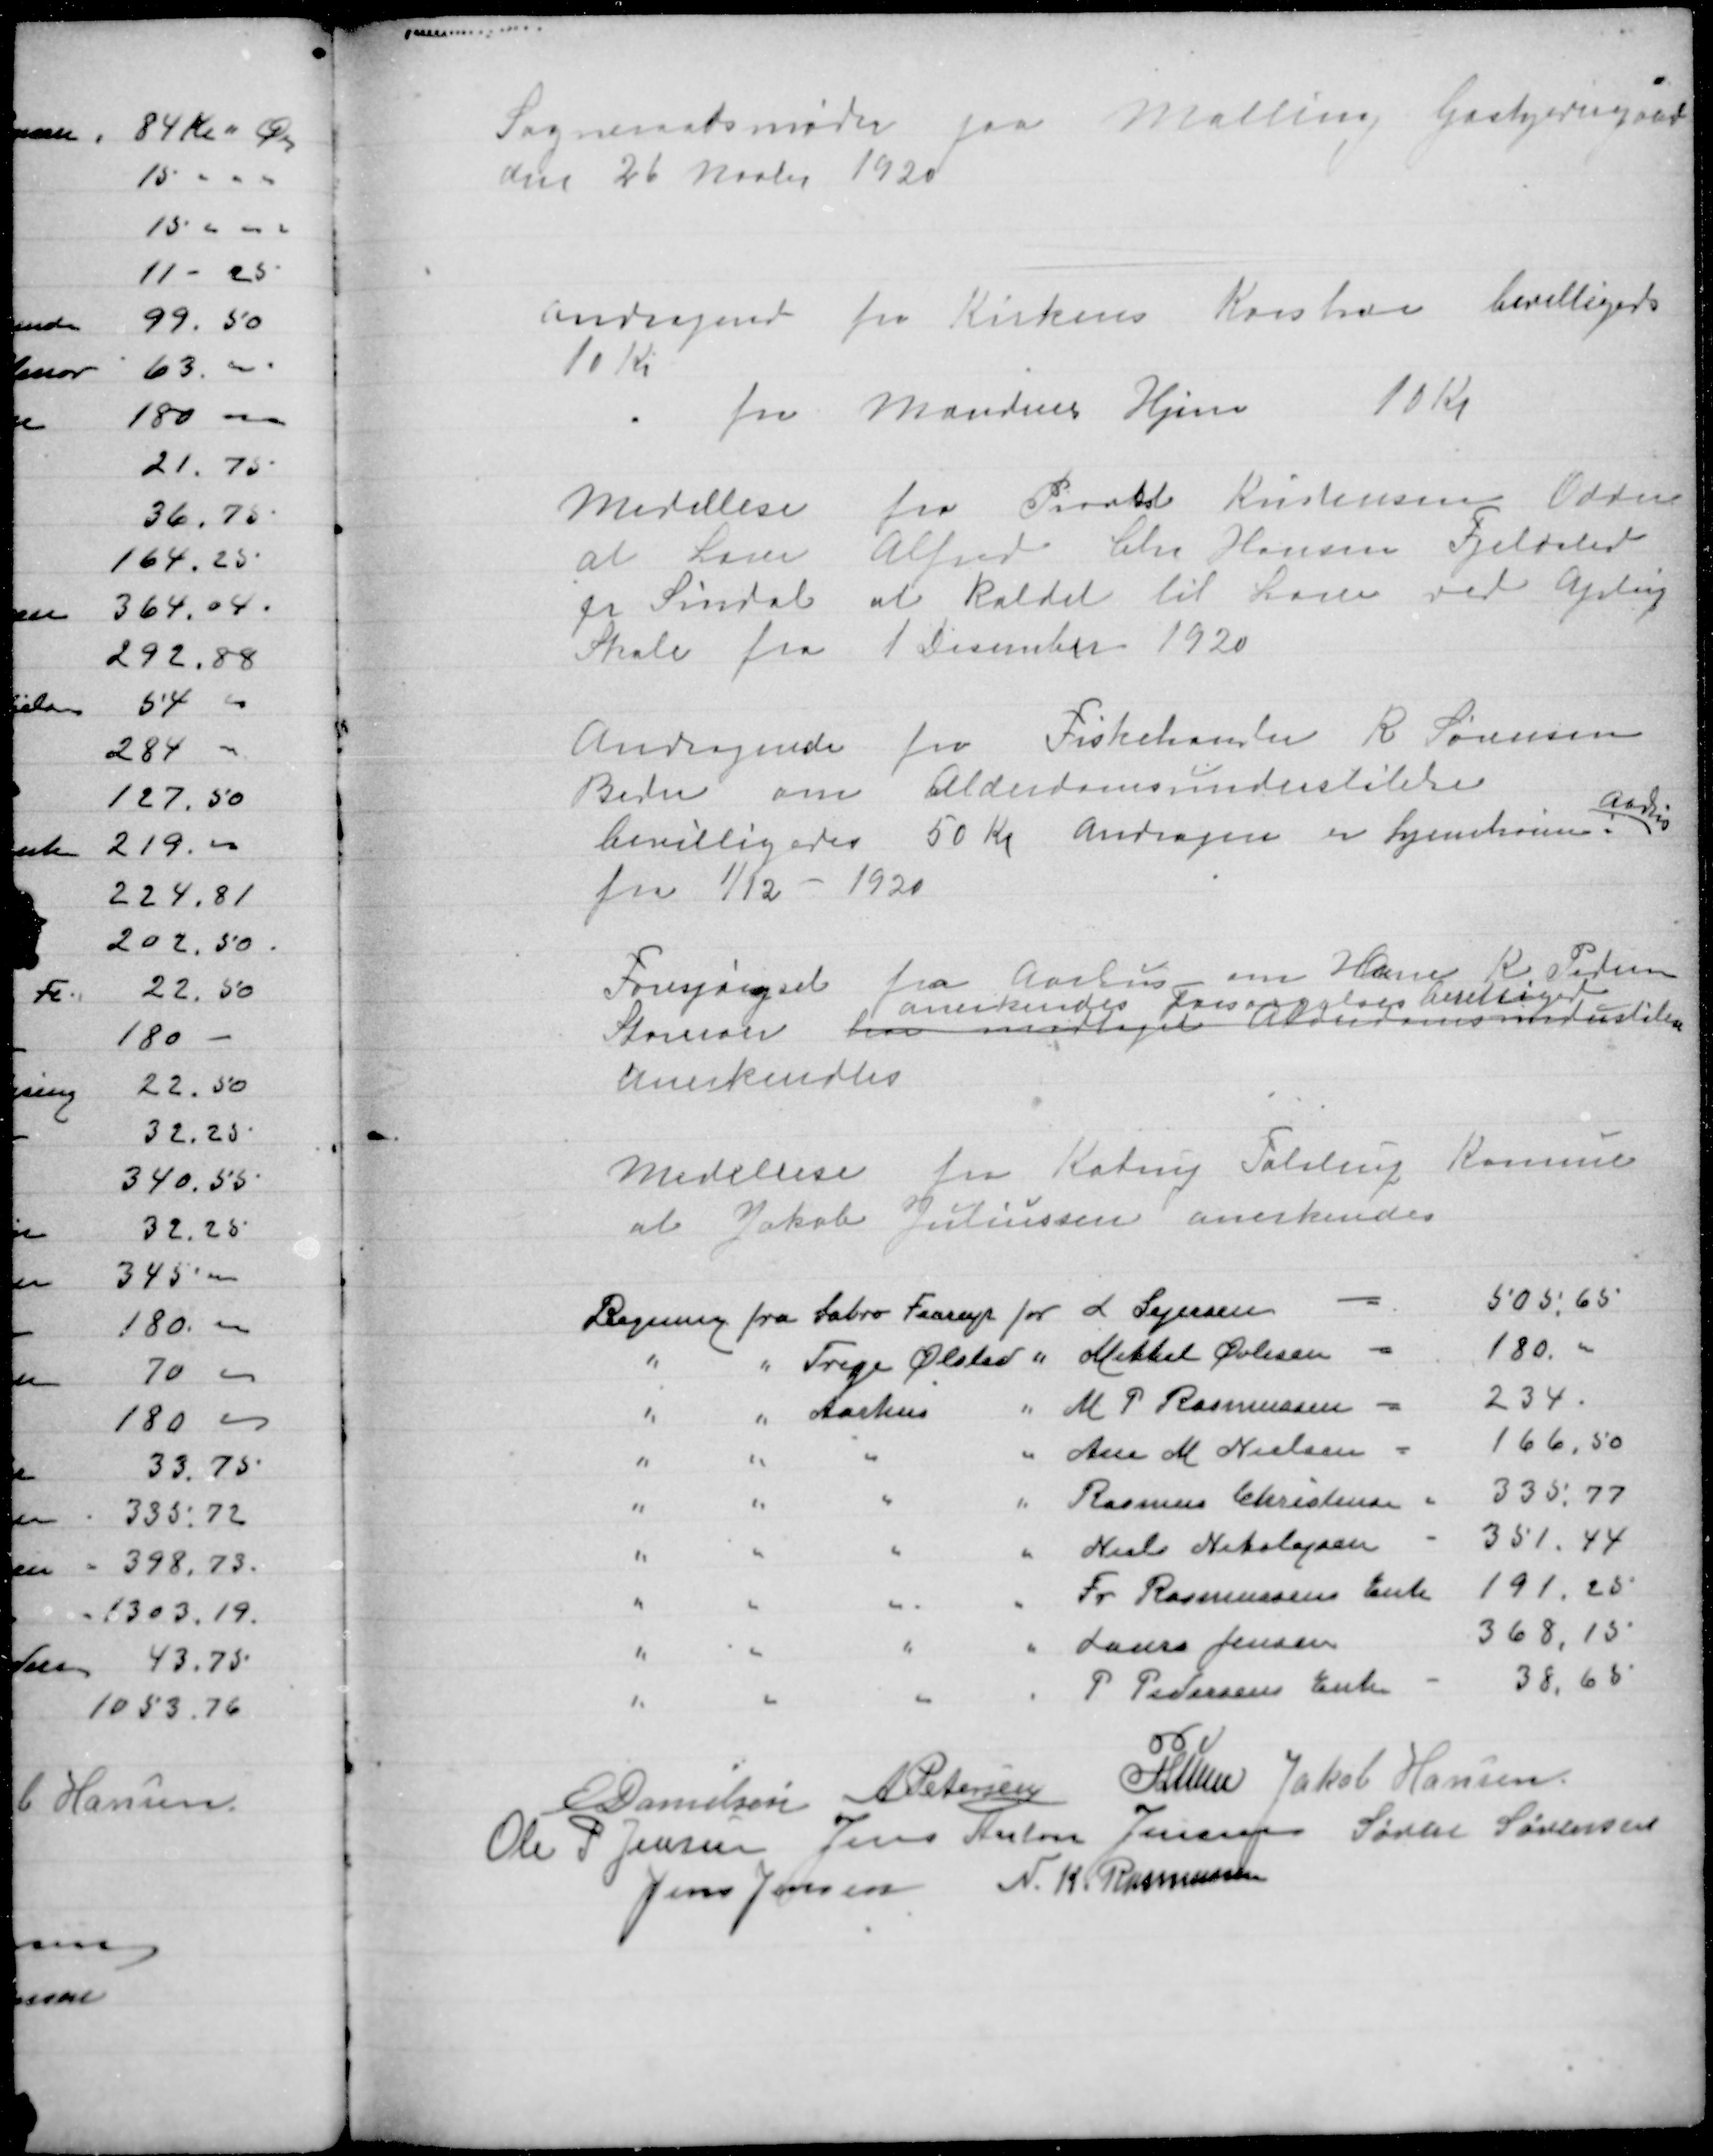
Transskription:
Sogneraadsmøde paa Malling Gæstgivergaard
den 26 Marts 1920

andragende fra Kirkens Korshær bevilliget
10 Kr
fra Mandens Hjem
10 Kr

Meddlese fra  Kristensen Odder
at Lærer Alfred Chr Hansen Fjeldsted
pr Sindal at kaldet til Lærer ved Ajstrup
Skole fra 1 December 1920

Andragende fra Fiskehandler R Sørensen
Beder om Alderdomsunderstøtelse
bevilligedes 50 Kr andragere er hjemhørene i
Aarhus
fra 1/12 - 1920

Forespørgsel fra Aarhus om Hans Kr Peten
Storenor har
modtaget alderdomsunderstøte
anerkendes Forsørgelsesberettiget
anerkendtes

medellese fra Katrup Tolstrup Kommun
at Jakob Juliussen anerkendes

E Danielsen
A Petersen
P Lunn
Jakob Hansen
Ole P Jensen
Jens Anton Jensen
Søren Sørensen
Jens Jensen
N. K. Rasmussen